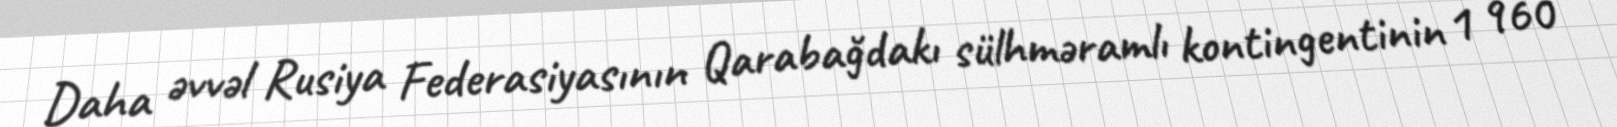
Daha əvvəl Rusiya Federasiyasının Qarabağdakı sülhməramlı kontingentinin 1 960